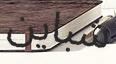
شباين